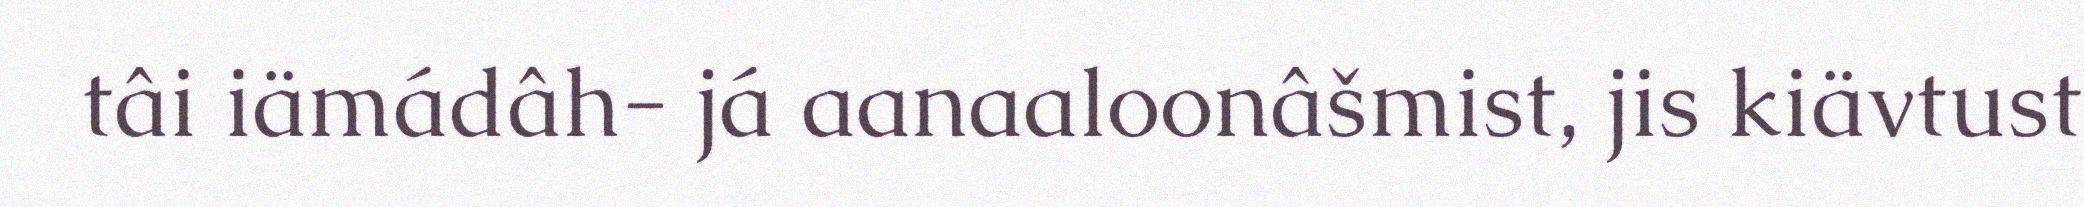
tâi iämádâh- já aanaaloonâšmist, jis kiävtust